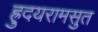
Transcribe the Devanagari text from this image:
ह्रुदयरामसुत